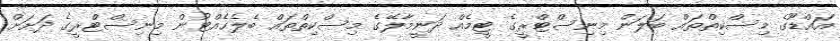
އައްޑޫގެ މިސްކިތްތައް ބަލަން މިނިސްޓްރީގެ ޓީމެއް ދަނީމާލޭގެ މިސްކިތްތައް ބެލެހެއްޓުން މިނިސްޓްރީގެ ދަށަށް